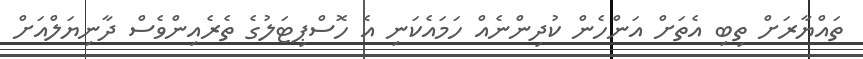
ތައްޔާރަށް ތިބި އެތަށް އަންހެން ކުދިންނެއް ހަމައެކަނި އެ ހޮސްޕިޓަލުގެ ތެރެއިންވެސް ދާނިޔަލްއަށް